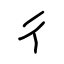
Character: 彳